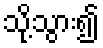
သို့သွား၍